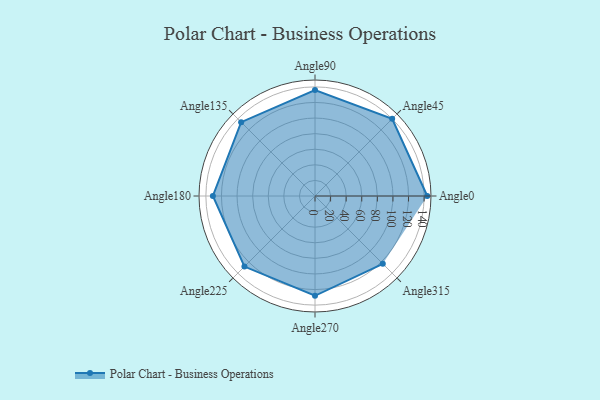
{"axis": {"x": "Angle", "y": "Radius"}, "legend": [""], "data": [{"x": "Angle0", "y": 144.0, "type": ""}, {"x": "Angle45", "y": 140.0, "type": ""}, {"x": "Angle90", "y": 136.0, "type": ""}, {"x": "Angle135", "y": 134.0, "type": ""}, {"x": "Angle180", "y": 131.0, "type": ""}, {"x": "Angle225", "y": 128.0, "type": ""}, {"x": "Angle270", "y": 128.0, "type": ""}, {"x": "Angle315", "y": 123.0, "type": ""}]}